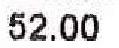
52.00